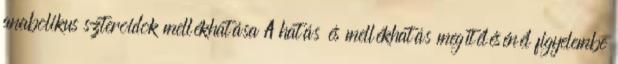
anabolikus szteroidok mellékhatása A hatás és mellékhatás megítélésénél figyelembe